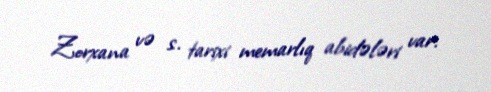
Zorxana və s. tarixi memarlıq abidələri var.